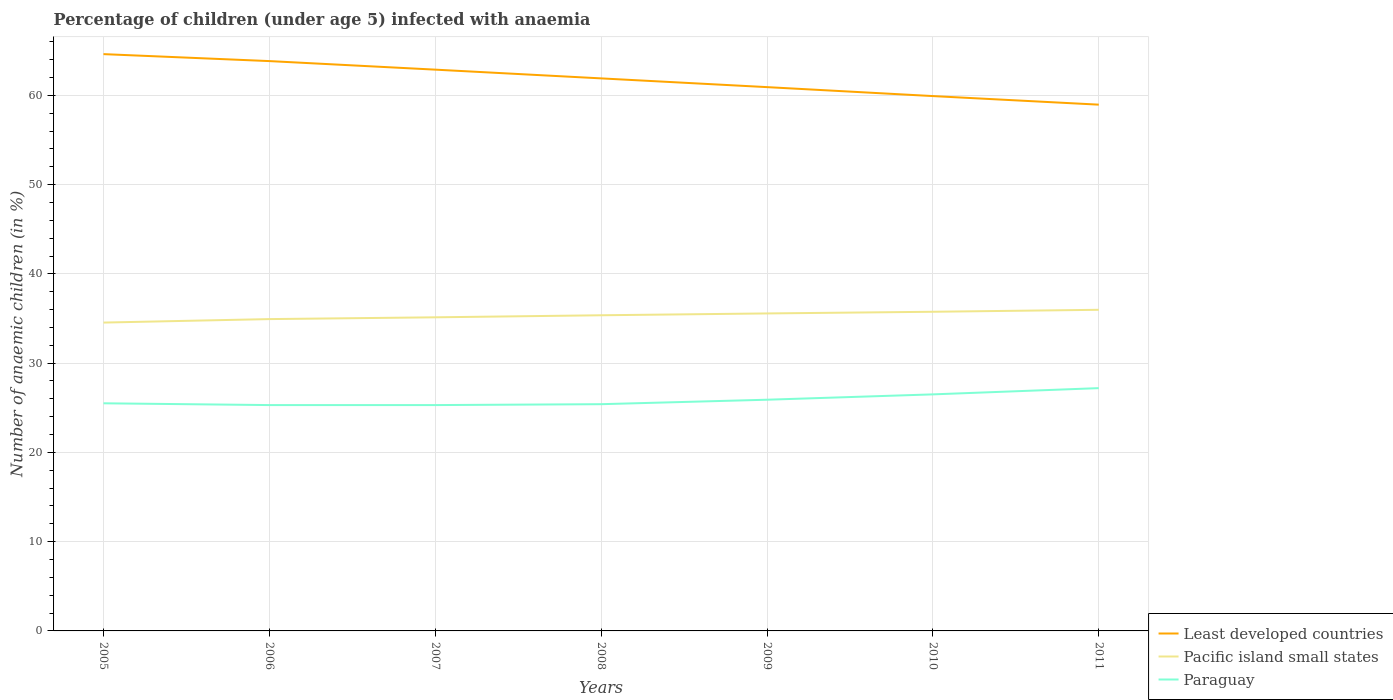
| Years | Least developed countries | Pacific island small states | Paraguay |
 | --- | --- | --- | --- |
 | 2005 | 64.6 | 34.5 | 25.5 |
 | 2006 | 63.8 | 34.9 | 25.3 |
 | 2007 | 62.9 | 35.1 | 25.3 |
 | 2008 | 61.9 | 35.4 | 25.4 |
 | 2009 | 60.9 | 35.6 | 25.9 |
 | 2010 | 59.9 | 35.8 | 26.5 |
 | 2011 | 59 | 36 | 27.2 |